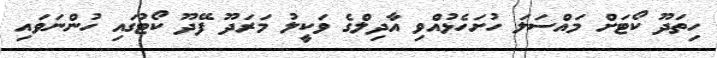
ހިތަދޫ ކޯޓަށް މައްސަލަ ހުށަހެޅުއްވި އާދިލްގެ ވަކީލު މަރަދޫ ފޭދޫ ކޯޓުގައި ހުންނަވައި